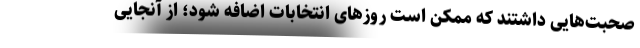
صحبت‌هایی داشتند که ممکن است روزهای انتخابات اضافه شود؛ از آنجایی